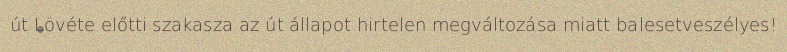
út Lövéte előtti szakasza az út állapot hirtelen megváltozása miatt balesetveszélyes!